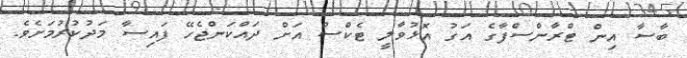
ބާސާ އިން ޓްރާންސްފާގެ އަގު އޮޅުވާލީ ޓެކްސް އަށް ދައްކަންޖެހޭ ފައިސާ މަދުކުރުމަށެވެ.